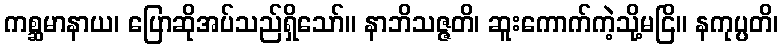
ကစ္ဆမာနာယ၊ ပြောဆိုအပ်သည်ရှိသော်။ နာဘိသဇ္ဇတိ၊ ဆူးကောက်ကဲ့သို့မငြိ။ နကုပ္ပတိ၊